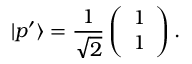
| p ^ { \prime } \rangle = \frac { 1 } { \sqrt { 2 } } \left( \begin{array} { l } { 1 } \\ { 1 } \end{array} \right) .